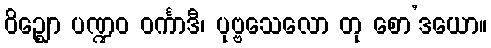
ဝိဉ္ဈော ပဏ္ဍဝ ဝင်္ကာဒီ၊ ပုဗ္ဗသေလော တု စော’ဒယော။